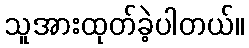
သူအားထုတ်ခဲ့ပါတယ်။